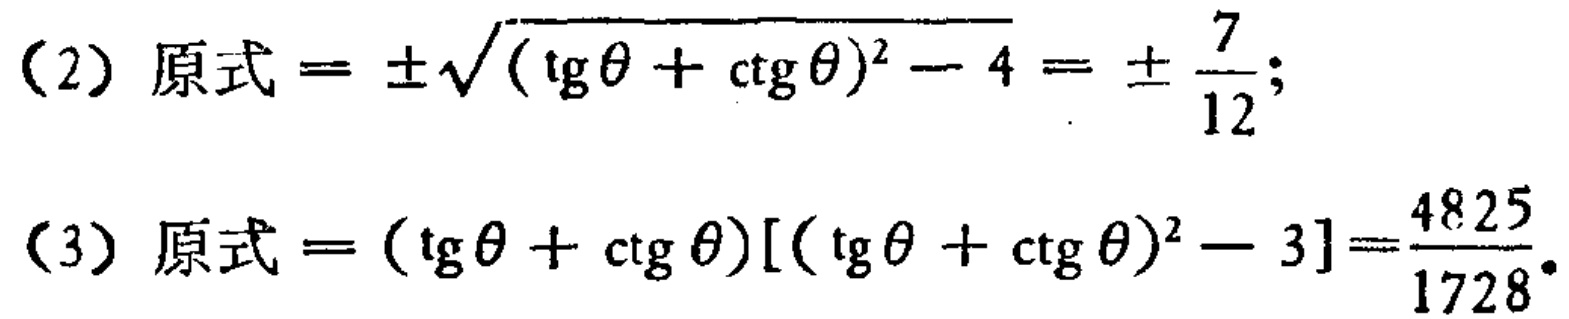
(2) 原式$=\pm\sqrt{(\text{tg}\theta + \text{ctg}\theta)^2 - 4}=\pm\frac{7}{12}$;

(3) 原式$=(\text{tg}\theta + \text{ctg}\theta)[(\text{tg}\theta + \text{ctg}\theta)^2 - 3]=\frac{4825}{1728}$.